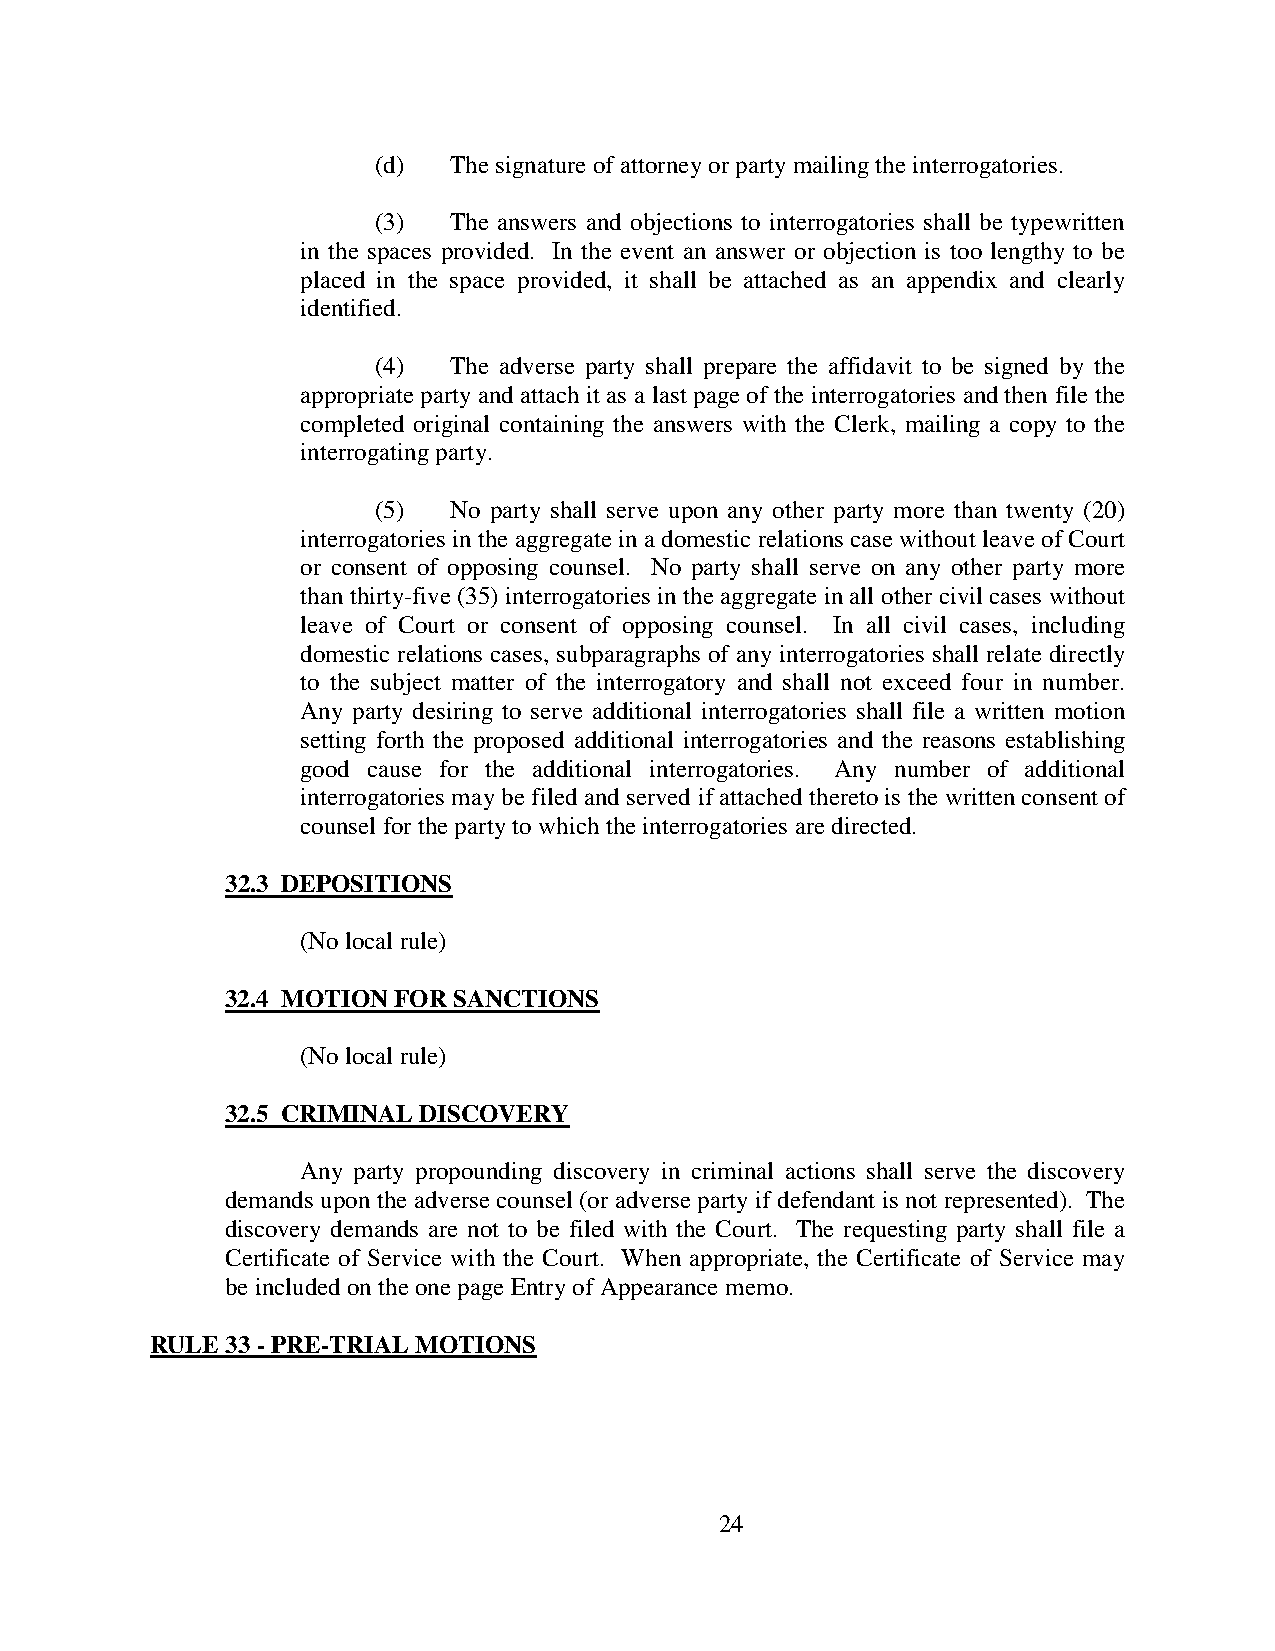
(d)  The signature of attorney or party mailing the interrogatories.
 (3)  The answers and objections to interrogatories shall be typewritten
 in the spaces provided. In the event an answer or objection is too lengthy to be
 placed in the space provided, it shall be attached as an appendix and clearly
 identified.
 (4)  The adverse party shall prepare the affidavit to be signed by the
 appropriate party and attach it as a last page of the interrogatories and then file the
 completed original containing the answers with the Clerk, mailing a copy to the
 interrogating party.
 (5)  No party shall serve upon any other party more than twenty (20)
 interrogatories in the aggregate in a domestic relations case without leave of Court
 or consent of opposing counsel. No party shall serve on any other party more
 than thirty-five (35) interrogatories in the aggregate in all other civil cases without
 leave of Court or consent of opposing counsel. In all civil cases, including
 domestic relations cases, subparagraphs of any interrogatories shall relate directly
 to the subject matter of the interrogatory and shall not exceed four in number.
 Any party desiring to serve additional interrogatories shall file a written motion
 setting forth the proposed additional interrogatories and the reasons establishing
 good cause for the additional interrogatories. Any number of additional
 interrogatories may be filed and served if attached thereto is the written consent of
 counsel for the party to which the interrogatories are directed.
 32.3 DEPOSITIONS
 (No local rule)
 32.4 MOTION FOR SANCTIONS
 (No local rule)
 32.5 CRIMINAL DISCOVERY
 Any party propounding discovery in criminal actions shall serve the discovery
 demands upon the adverse counsel (or adverse party if defendant is not represented). The
 discovery demands are not to be filed with the Court. The requesting party shall file a
 Certificate of Service with the Court. When appropriate, the Certificate of Service may
 be included on the one page Entry of Appearance memo.
 RULE 33 - PRE-TRIAL MOTIONS
 24